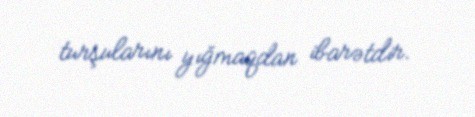
turşularını yığmaqdan ibarətdir.